Newspaper: St. Mary's beacon. [volume]
Place of publication: Leonard Town, Md.
Publisher: George S. King
Date: 1860-01-12 00:00:00
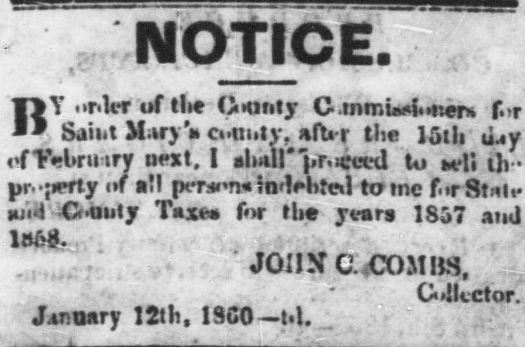
Advertisement text (OCR):
NOTICE. BY order uf tle County C mminrioner* for Saint Marys Count v, after the 15ih iLy <*fTebruir? next, I shall "pr.scccd to sell tjv* property of all persons Indebted to me for Stall’ and Or-oiily Tsw for the years 1857 ami 1068. JOHN C. COMBS. Collector. January 12lh, ISCO —l.|.
Label: text-only